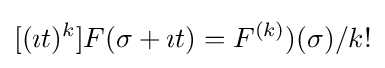
[(\imath t)^{k}]F(\sigma +\imath t)=F^{(k)})(\sigma )/k!